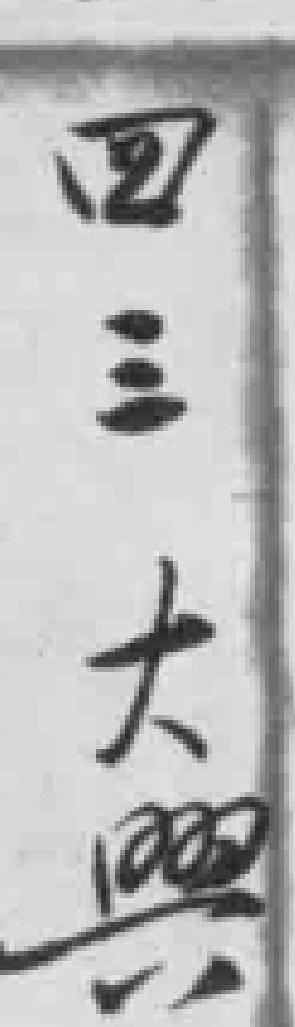
四三大興